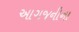
આગજનીના